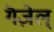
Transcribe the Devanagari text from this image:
गॆज़ेल्